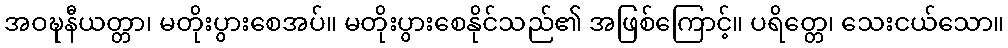
အဝဍ္ဎနီယတ္တာ၊ မတိုးပွားစေအပ်။ မတိုးပွားစေနိုင်သည်၏ အဖြစ်ကြောင့်။ ပရိတ္တေ၊ သေးငယ်သော။